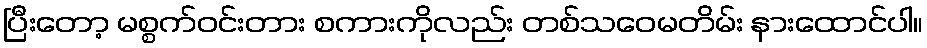
ပြီးတော့ မစ္စက်ဝင်းတား စကားကိုလည်း တစ်သဝေမတိမ်း နားထောင်ပါ။